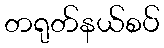
တရုတ်နယ်စပ်